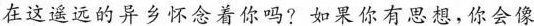
在这遥远的异乡怀念着你吗?如果你有思想，你会像